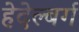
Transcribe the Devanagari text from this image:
हेदेल्बर्ग